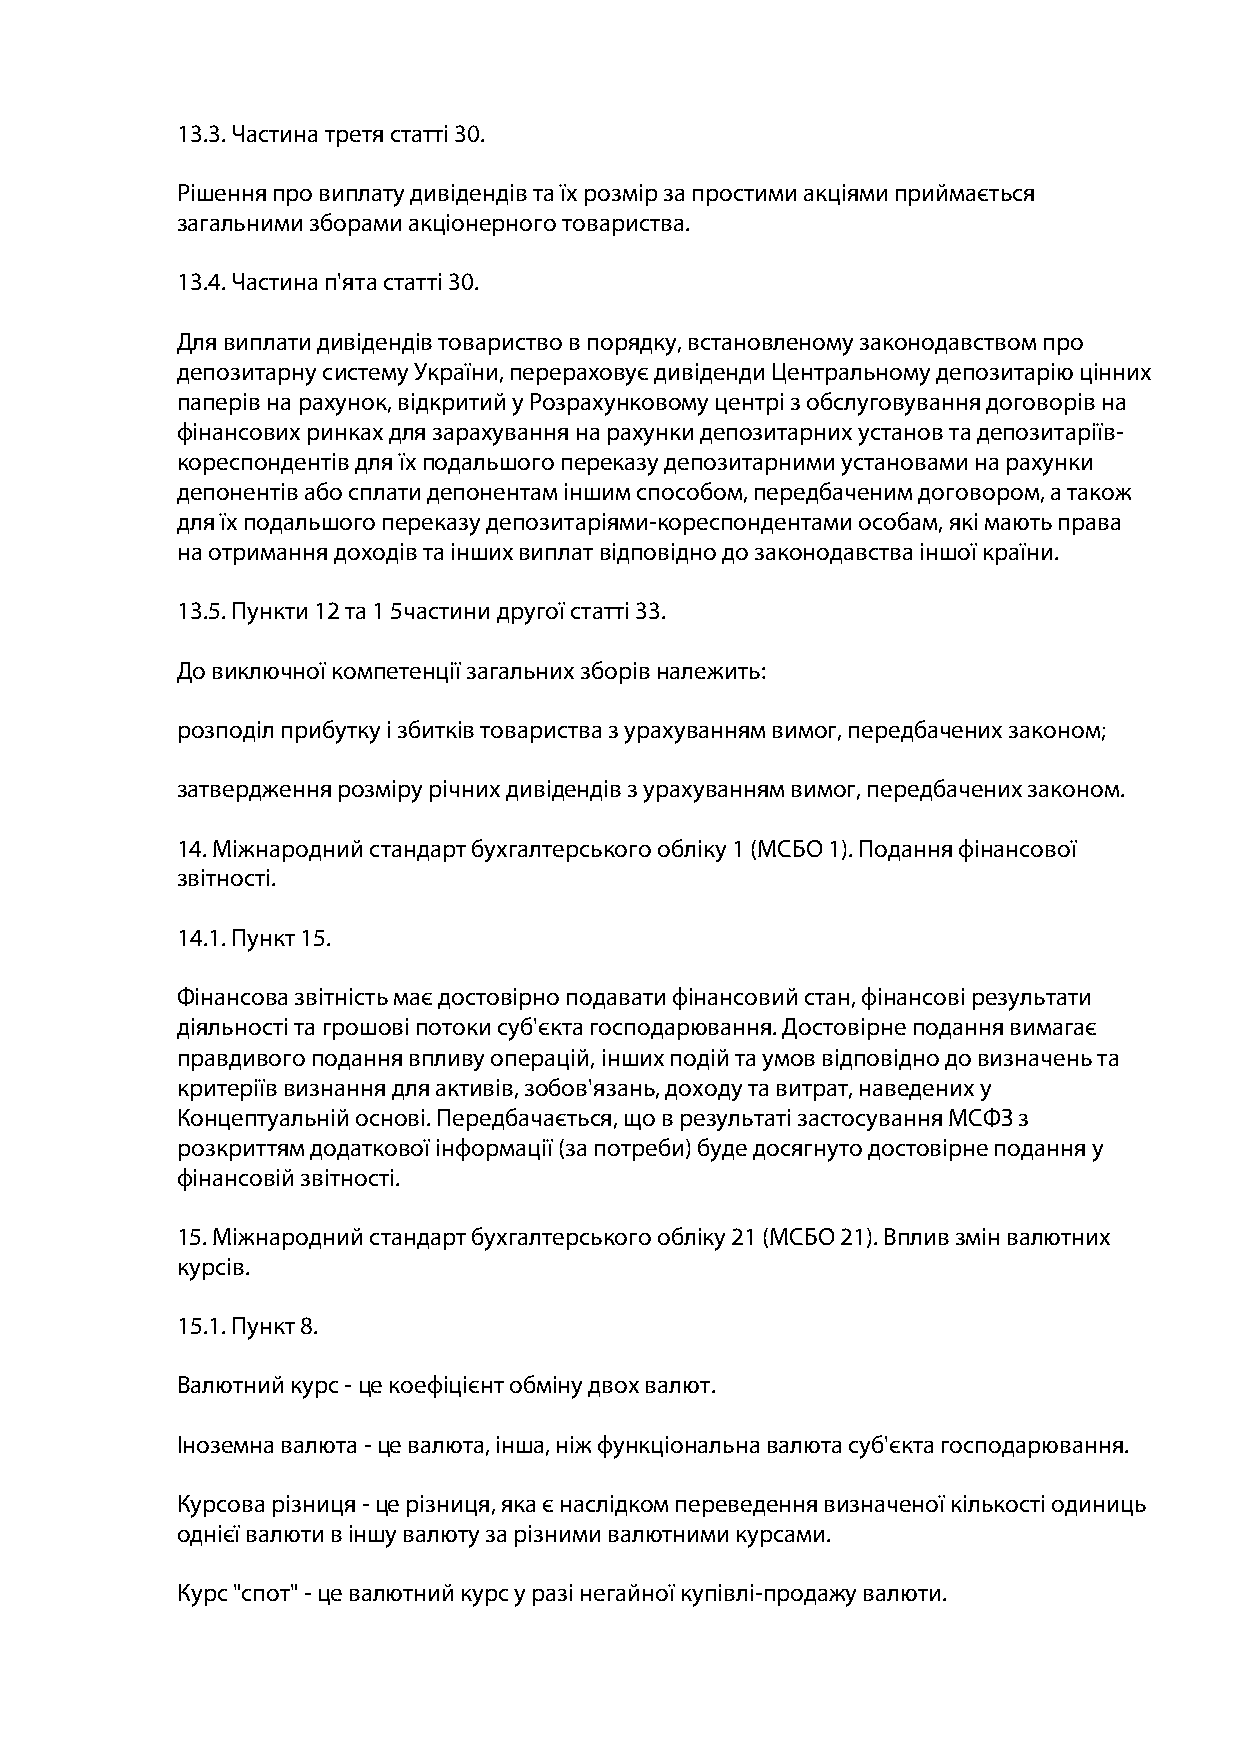
13.3. Частина третя статті 30.
 Рішення про виплату дивідендів та їх розмір за простими акціями приймається
 загальними зборами акціонерного товариства.
 13.4. Частина п'ята статті 30.
 Для виплати дивідендів товариство в порядку, встановленому законодавством про
 депозитарну систему України, перераховує дивіденди Центральному депозитарію цінних
 паперів на рахунок, відкритий у Розрахунковому центрі з обслуговування договорів на
 фінансових ринках для зарахування на рахунки депозитарних установ та депозитаріїв-
 кореспондентів для їх подальшого переказу депозитарними установами на рахунки
 депонентів або сплати депонентам іншим способом, передбаченим договором, а також
 для їх подальшого переказу депозитаріями-кореспондентами особам, які мають права
 на отримання доходів та інших виплат відповідно до законодавства іншої країни.
 13.5. Пункти 12 та 1 5частини другої статті 33.
 До виключної компетенції загальних зборів належить:
 розподіл прибутку і збитків товариства з урахуванням вимог, передбачених законом;
 затвердження розміру річних дивідендів з урахуванням вимог, передбачених законом.
 14. Міжнародний стандарт бухгалтерського обліку 1 (МСБО 1). Подання фінансової
 звітності.
 14.1. Пункт 15.
 Фінансова звітність має достовірно подавати фінансовий стан, фінансові результати
 діяльності та грошові потоки суб'єкта господарювання. Достовірне подання вимагає
 правдивого подання впливу операцій, інших подій та умов відповідно до визначень та
 критеріїв визнання для активів, зобов'язань, доходу та витрат, наведених у
 Концептуальній основі. Передбачається, що в результаті застосування МСФЗ з
 розкриттям додаткової інформації (за потреби) буде досягнуто достовірне подання у
 фінансовій звітності.
 15. Міжнародний стандарт бухгалтерського обліку 21 (МСБО 21). Вплив змін валютних
 курсів.
 15.1. Пункт 8.
 Валютний курс - це коефіцієнт обміну двох валют.
 Іноземна валюта - це валюта, інша, ніж функціональна валюта суб'єкта господарювання.
 Курсова різниця - це різниця, яка є наслідком переведення визначеної кількості одиниць
 однієї валюти в іншу валюту за різними валютними курсами.
 Курс "спот" - це валютний курс у разі негайної купівлі-продажу валюти.